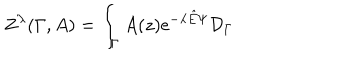
LaTeX: Z ^ { \lambda } ( \Gamma , A ) = \int _ { \Gamma } A ( z ) \mathrm { e } ^ { - \lambda { \hat { E } } \Psi } { \cal D } _ { \Gamma }